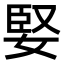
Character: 婜